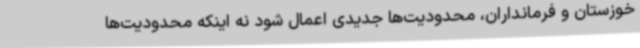
خوزستان و فرمانداران، محدودیت‌ها جدیدی اعمال شود نه اینکه محدودیت‌ها